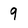
Character: 9